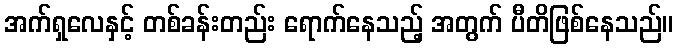
အက်ရှလေနှင့် တစ်ခန်းတည်း ရောက်နေသည့် အတွက် ပီတိဖြစ်နေသည်။